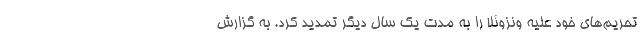
تحریم‌های خود علیه ونزوئلا را به مدت یک سال دیگر تمدید کرد. به گزارش